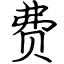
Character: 费